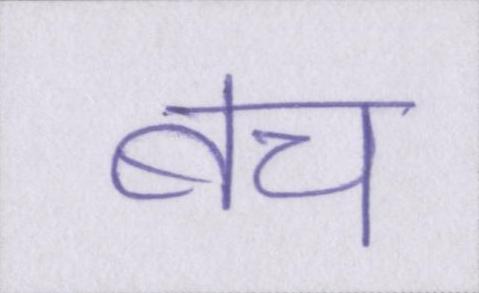
बच